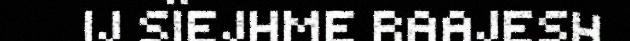
IJ SÏEJHME RAAJESH